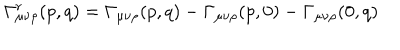
LaTeX: \Gamma _ { \mu \nu \rho } ^ { r } ( p , q ) = \Gamma _ { \mu \nu \rho } ( p , q ) - \Gamma _ { \mu \nu \rho } ( p , 0 ) - \Gamma _ { \mu \nu \rho } ( 0 , q )